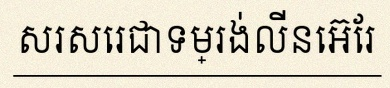
សរសេរជាទម្រង់លីនេអ៊ែរ